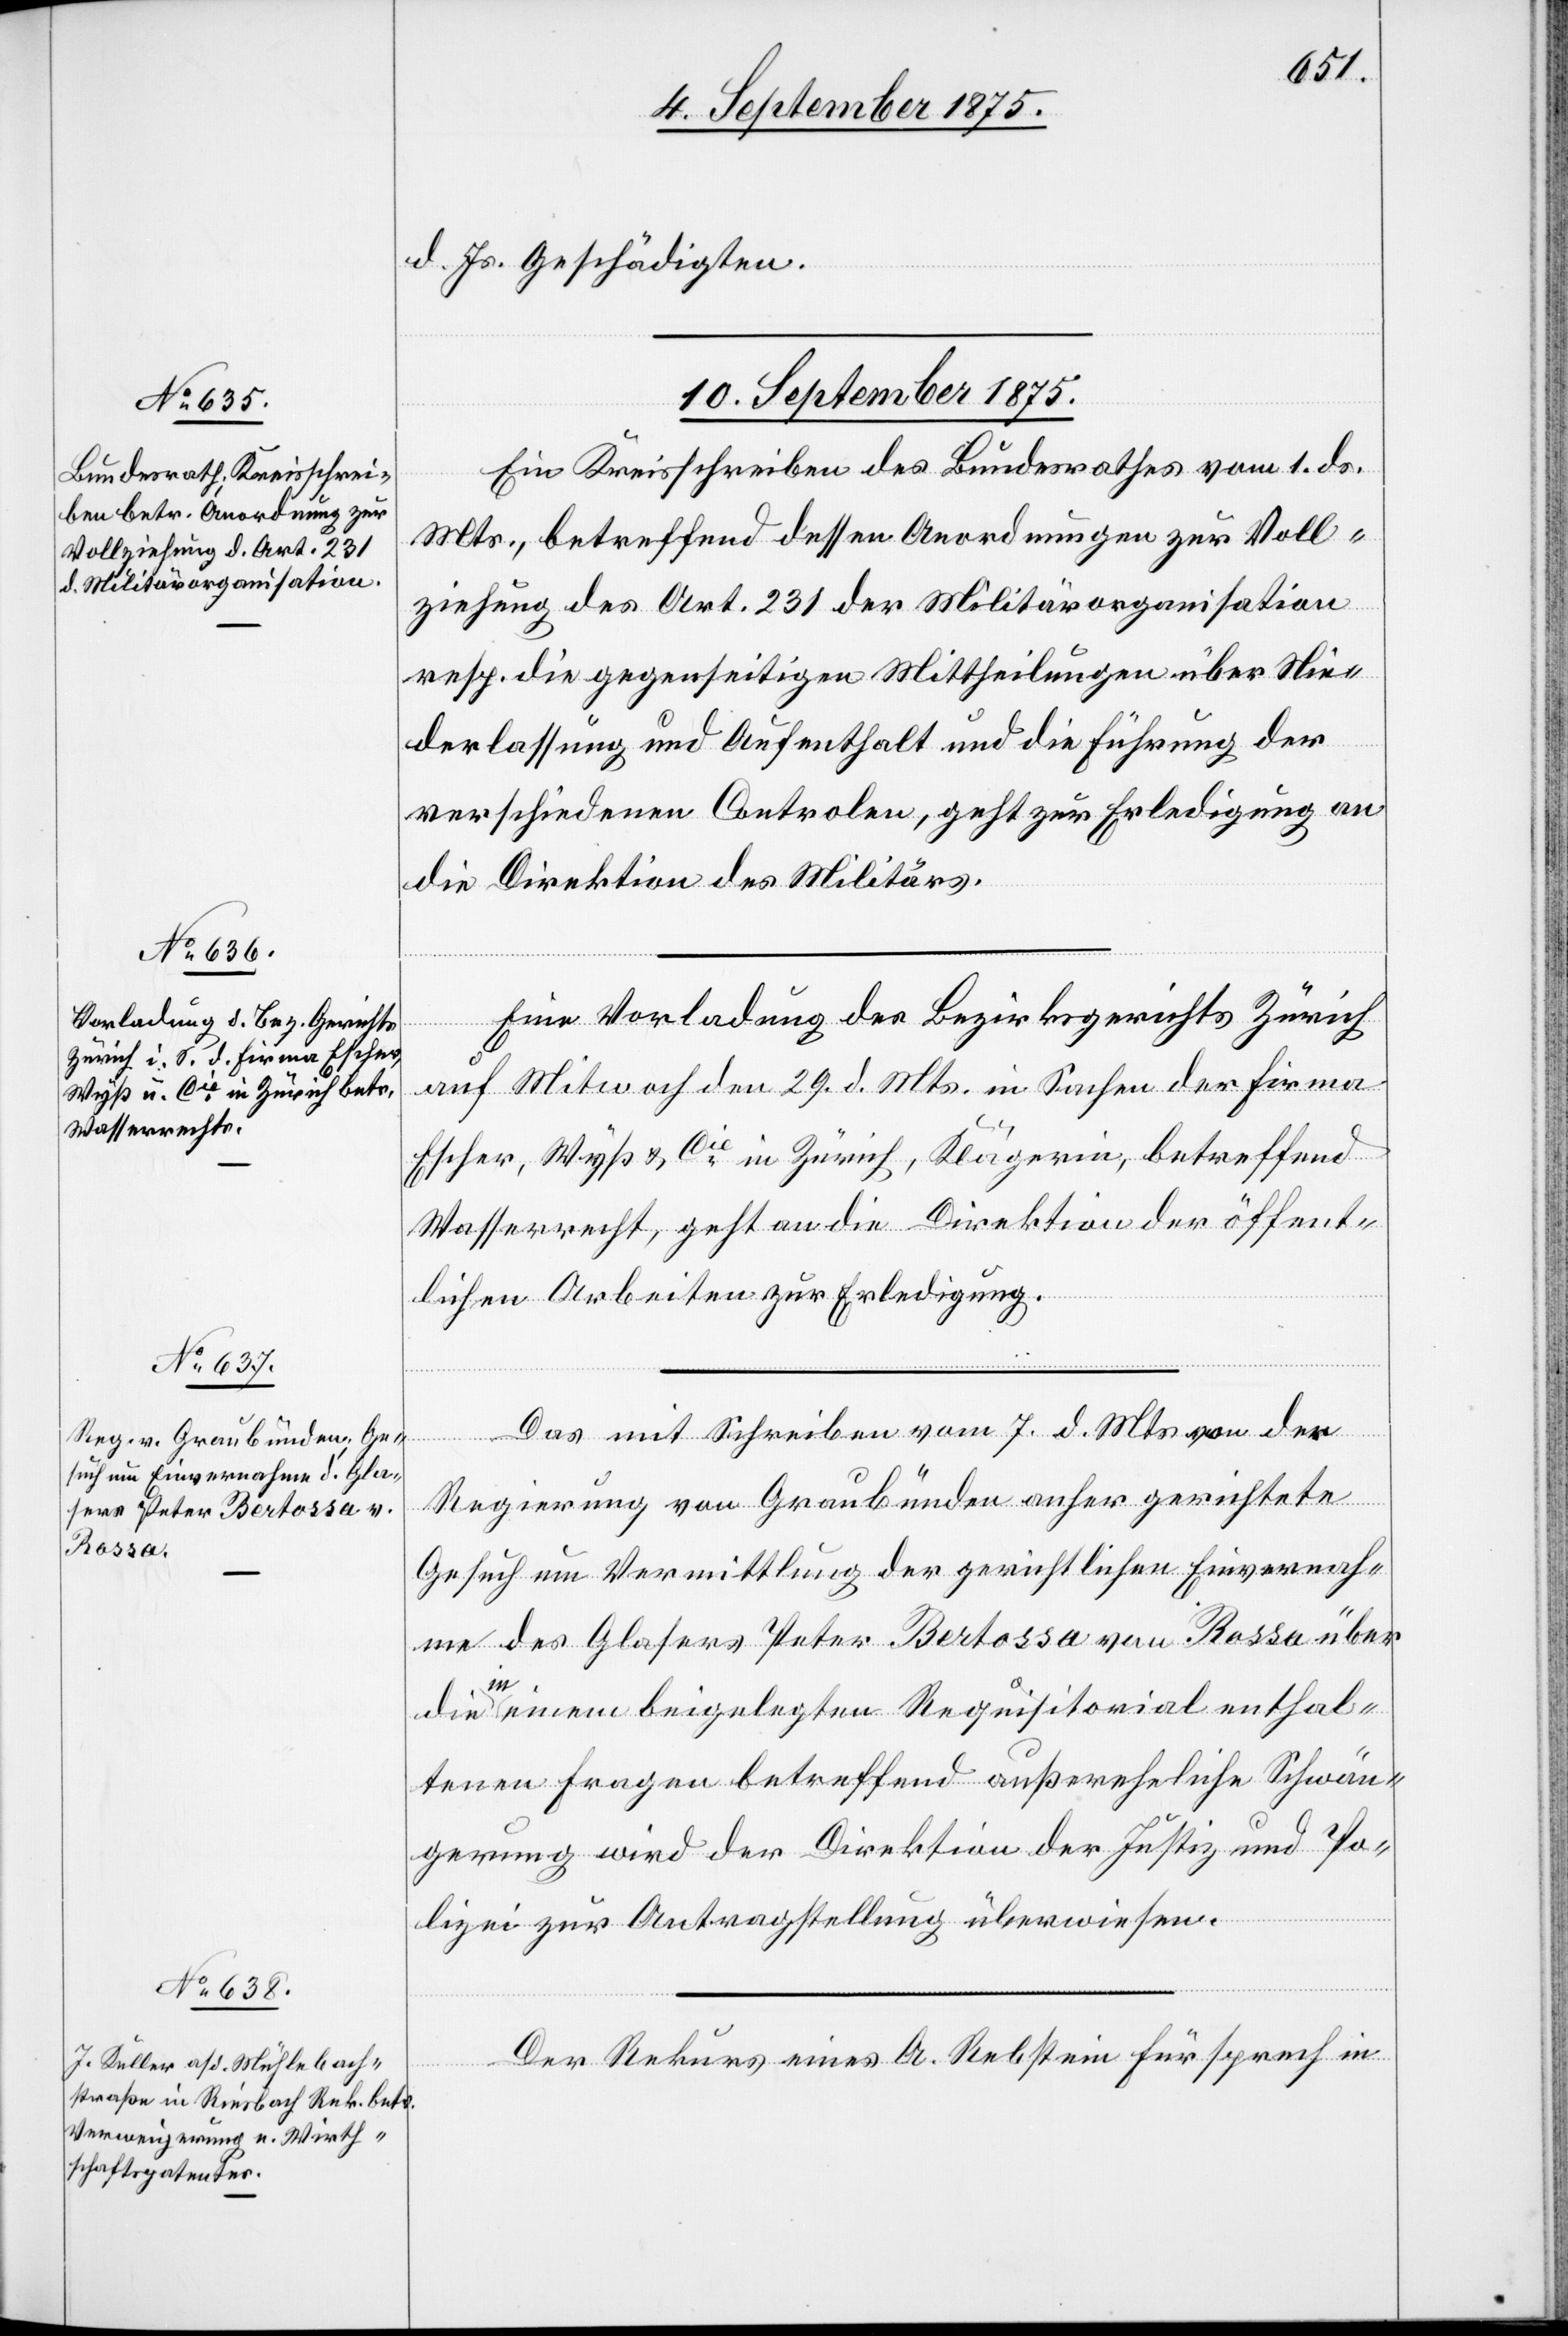
d. Js. Geschädigten.
10. September 1875.]
Ein Kreisschreiben des Bundesrathes vom 1. ds.
Mts., betreffend dessen Anordnungen zur Voll¬
ziehung des Art. 231 der Militärorganisation
resp. die gegenseitigen Mittheilungen über Nie¬
derlassung und Aufenthalt und die Führung der
verschiedenen Controlen, geht zur Erledigung an
die Direktion des Militärs.
Eine Vorlage des Bezirksgerichts Zürich
auf Mit[t]woch den 29. d. Mts. in Sachen der Fima
Escher, Wyß & Cie in Zürich, Klägerin, betreffend
Wasserrecht, geht an die Direktion der öffent¬
lichen Arbeiten zur Erledigung.
Das mit Schreiben vom 7. d. Mts. von der
Regierung von Graubünden anher gerichtete
Gesuch um Vermittlung der gerichtlichen Einvernah¬
me des Glasers Peter Bertossa von Rossa über
die in einem beigelegten Requisitorial enthal¬
tenen Fragen betreffend außereheliche Schwän¬
gerung wird der Direktion der Justiz und Po¬
lizei zur Antragstellung überwiesen.
Der Rekurs eines A. Rebstein Fürsprech in